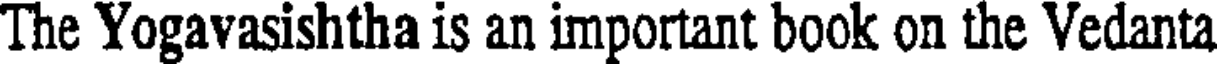
The Yogavasishtha is an important book on the Vedanta